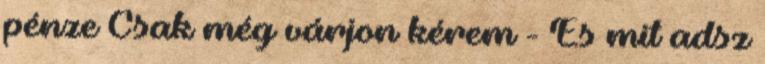
pénze Csak még várjon kérem - És mit adsz